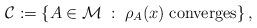
LaTeX: \begin{align*}\mathcal{C} := \left\{ A \in \mathcal{M} \;:\; \rho_A(x) \;\mathrm{converges} \right\},\end{align*}